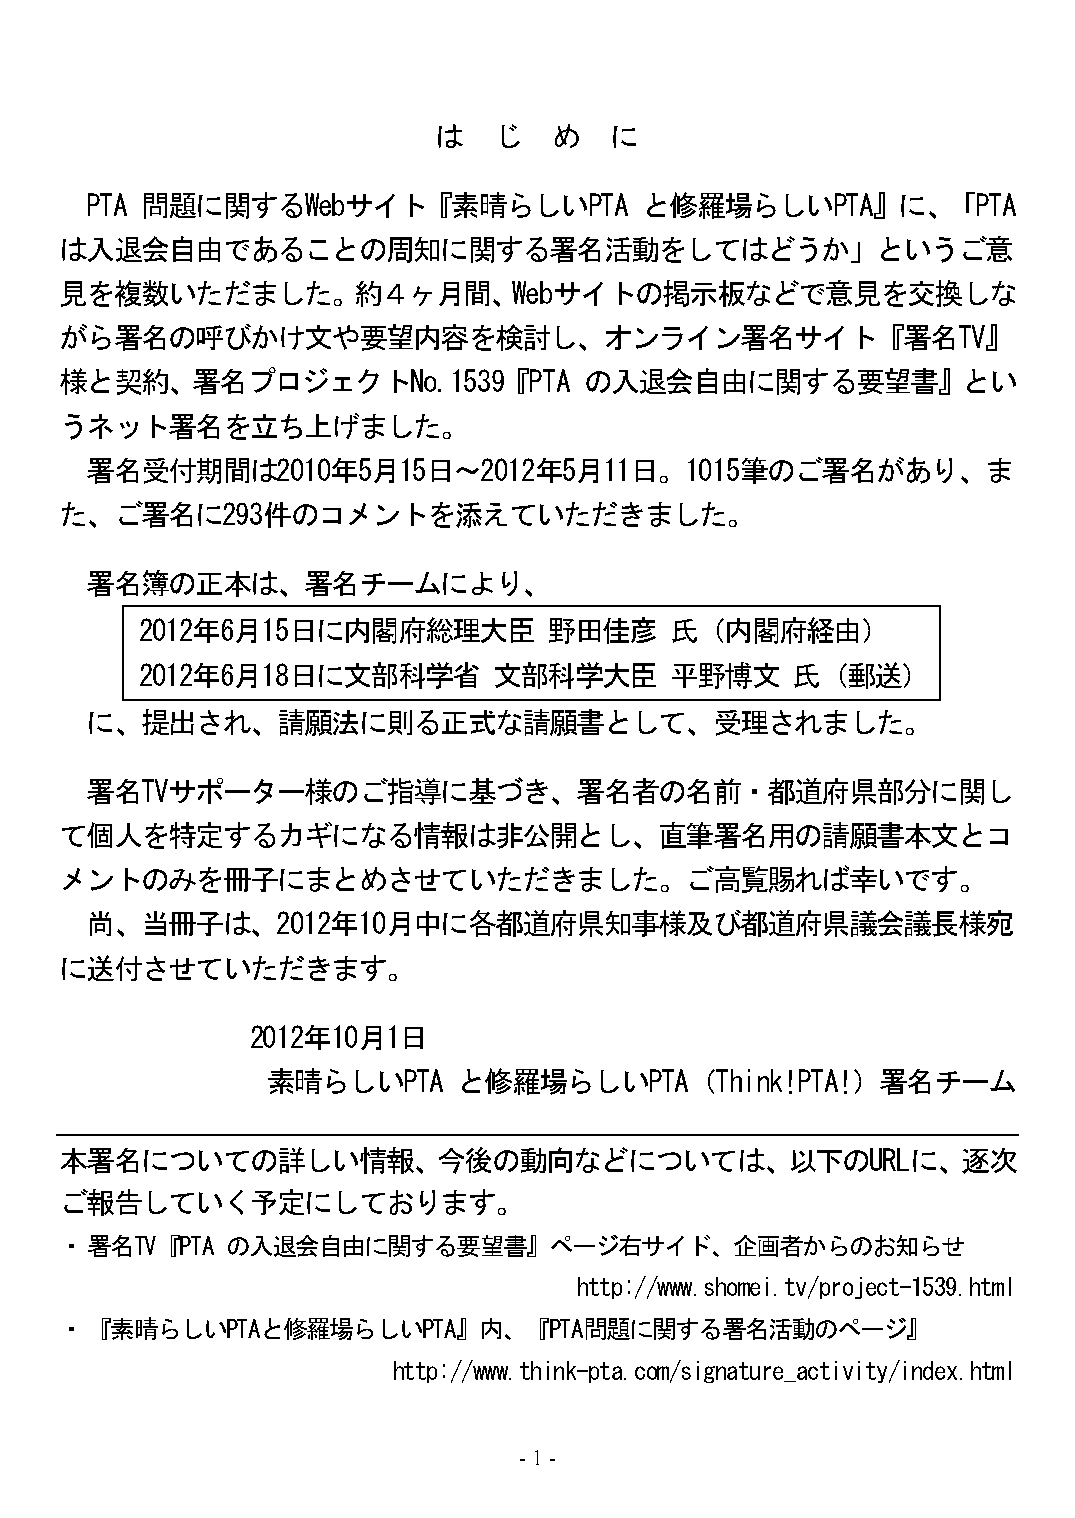
は   じ   め  に
 PTA 問題に関するWebサイト『素晴らしいPTA            と修羅場らしいPTA』に、「PTA
 は入退会自由であることの周知に関する署名活動をしてはどうか」というご意
 見を複数いただました。約４ヶ月間、Webサイトの掲示板などで意見を交換しな
 がら署名の呼びかけ文や要望内容を検討し、オンライン署名サイト『署名TV』
 様と契約、署名プロジェクトNo.1539『PTA           の入退会自由に関する要望書』とい
 うネット署名を立ち上げました。
 署名受付期間は2010年5月15日～2012年5月11日。1015筆のご署名があり、ま
 た、ご署名に293件のコメントを添えていただきました。
 署名簿の正本は、署名チームにより、
 2012年6月15日に内閣府総理大臣         野田佳彦    氏（内閣府経由）
 2012年6月18日に文部科学省        文部科学大臣     平野博文    氏（郵送）
 に、提出され、請願法に則る正式な請願書として、受理されました。
 署名TVサポーター様のご指導に基づき、署名者の名前・都道府県部分に関し
 て個人を特定するカギになる情報は非公開とし、直筆署名用の請願書本文とコ
 メントのみを冊子にまとめさせていただきました。ご高覧賜れば幸いです。
 尚、当冊子は、2012年10月中に各都道府県知事様及び都道府県議会議長様宛
 に送付させていただきます。
 2012年10月1日
 素晴らしいPTA    と修羅場らしいPTA（Think!PTA!）署名チーム
 本署名についての詳しい情報、今後の動向などについては、以下のURLに、逐次
 ご報告していく予定にしております。
 ・ 署名TV『PTA の入退会自由に関する要望書』ページ右サイド、企画者からのお知らせ
 http://www.shomei.tv/project-1539.html
 ・ 『素晴らしいPTAと修羅場らしいPTA』内、『PTA問題に関する署名活動のページ』
 http://www.think-pta.com/signature_activity/index.html
 - 1 -